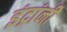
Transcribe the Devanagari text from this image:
इंद्रांनी